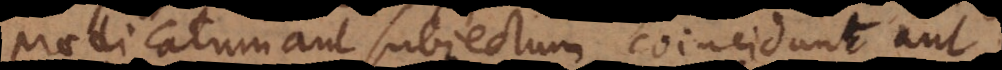
praedicatum et subjectum coincidunt aut